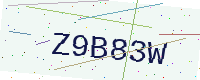
Text: Z9B83W